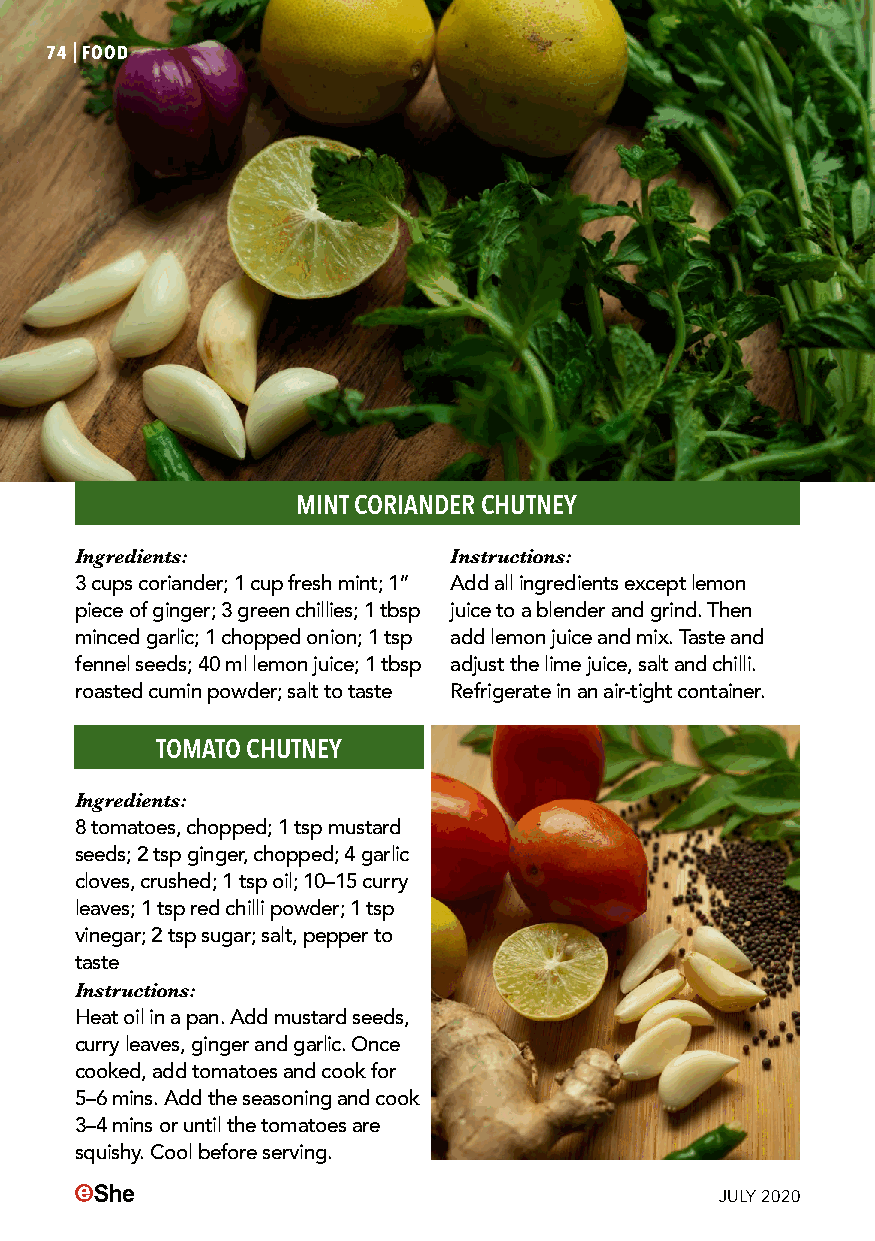
74|FOOD
 MINT CORIANDER CHUTNEY
 Ingredients:             Instructions:
 3 cups coriander; 1 cup fresh mint; 1” Add all ingredients except lemon
 piece of ginger; 3 green chillies; 1 tbsp juice to a blender and grind. Then
 minced garlic; 1 chopped onion; 1 tsp add lemon juice and mix. Taste and
 fennel seeds; 40 ml lemon juice; 1 tbsp adjust the lime juice, salt and chilli.
 roasted cumin powder; salt to taste Refrigerate in an air-tight container.
 TOMATO CHUTNEY
 Ingredients:
 8 tomatoes, chopped; 1 tsp mustard
 seeds; 2 tsp ginger, chopped; 4 garlic
 cloves, crushed; 1 tsp oil; 10–15 curry
 leaves; 1 tsp red chilli powder; 1 tsp
 vinegar; 2 tsp sugar; salt, pepper to
 taste
 Instructions:
 Heat oil in a pan. Add mustard seeds,
 curry leaves, ginger and garlic. Once
 cooked, add tomatoes and cook for
 5–6 mins. Add the seasoning and cook
 3–4 mins or until the tomatoes are
 squishy. Cool before serving.
 JULY 2020